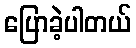
ပြောခဲ့ပါတယ်